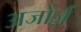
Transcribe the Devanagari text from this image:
अजोर्ज़